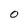
Character: 0